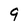
Character: 9